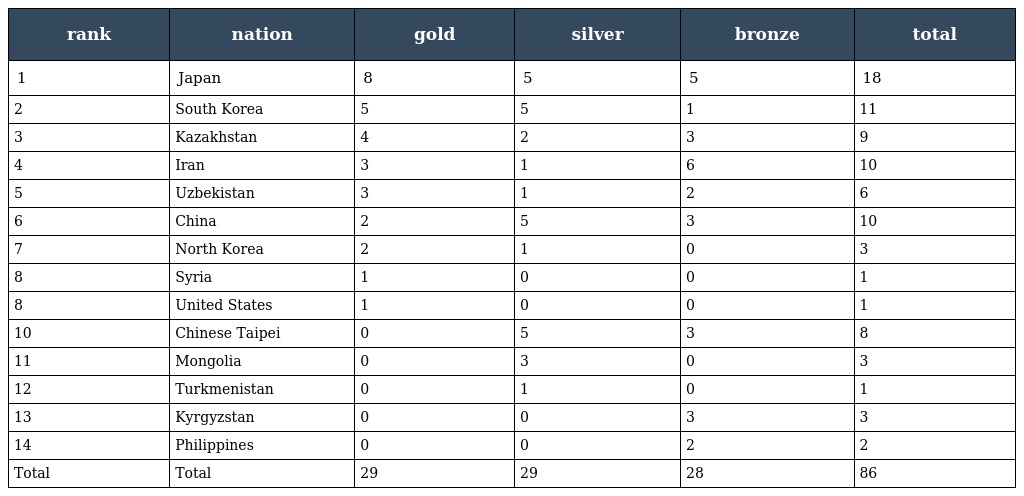
| rank | nation | gold | silver | bronze | total |
 | --- | --- | --- | --- | --- | --- |
 | 1 | Japan | 8 | 5 | 5 | 18 |
 | 2 | South Korea | 5 | 5 | 1 | 11 |
 | 3 | Kazakhstan | 4 | 2 | 3 | 9 |
 | 4 | Iran | 3 | 1 | 6 | 10 |
 | 5 | Uzbekistan | 3 | 1 | 2 | 6 |
 | 6 | China | 2 | 5 | 3 | 10 |
 | 7 | North Korea | 2 | 1 | 0 | 3 |
 | 8 | Syria | 1 | 0 | 0 | 1 |
 | 8 | United States | 1 | 0 | 0 | 1 |
 | 10 | Chinese Taipei | 0 | 5 | 3 | 8 |
 | 11 | Mongolia | 0 | 3 | 0 | 3 |
 | 12 | Turkmenistan | 0 | 1 | 0 | 1 |
 | 13 | Kyrgyzstan | 0 | 0 | 3 | 3 |
 | 14 | Philippines | 0 | 0 | 2 | 2 |
 | Total | Total | 29 | 29 | 28 | 86 |